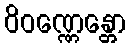
ဝိဝဏ္ဏေန္တော